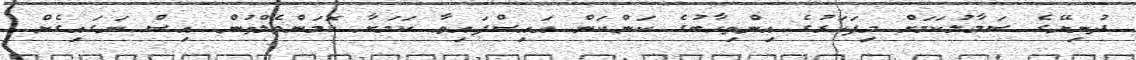
ދުނިޔޭގެ ސަމާލުކަމަށް މިފަހަރުގެ އިންތިހާބުގެ ކަންކަން އައިސްފައިވާ ކަމަށާ ކޮމަންވެލްތުން އިސް ނަގައިގެން